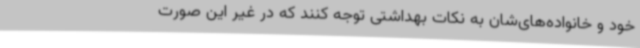
خود و خانواده‌های‌شان به نکات بهداشتی توجه کنند که در غیر این صورت